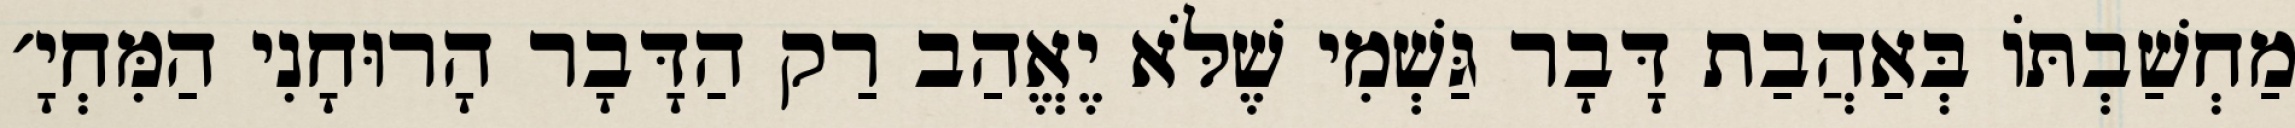
מַחְשַׁבְתּוֹ בְּאַהֲבַת דָּבָר גַּשְׁמִי שֶׁלֹּא יֶאֱהַב רַק הַדָּבָר הָרוּחָנִי הַמִּחְיָ׳